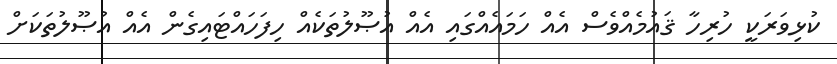
ކުޅިވަރަކީ ހުރިހާ ޤައުމެއްވެސް އެއް ހަމައެއްގައި އެއް އުޞޫލުތަކެއް ހިފަހައްޓައިގެން އެއް އުޞޫލުތަކަށް